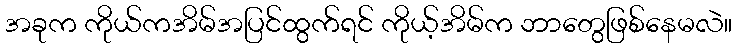
အခုက ကိုယ်ကအိမ်အပြင်ထွက်ရင် ကိုယ့်အိမ်က ဘာတွေဖြစ်နေမလဲ။